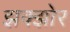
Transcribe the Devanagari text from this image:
झक्झोर